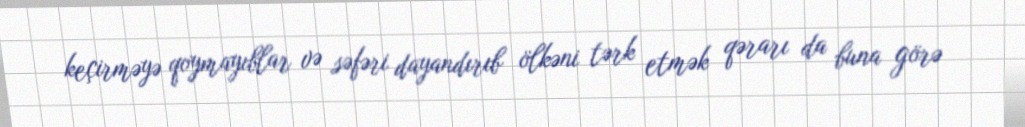
keçirməyə qoymayıblar və səfəri dayandırıb ölkəni tərk etmək qərarı da buna görə